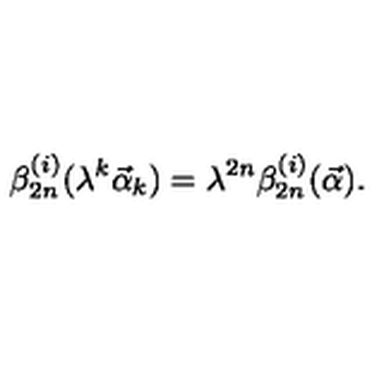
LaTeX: \beta _ { 2 n } ^ { ( i ) } ( \lambda ^ { k } { \vec { \alpha } } _ { k } ) = \lambda ^ { 2 n } \beta _ { 2 n } ^ { ( i ) } ( { \vec { \alpha } } ) .